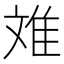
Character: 𮥷